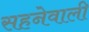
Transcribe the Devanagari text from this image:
सहनेवाली